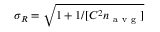
\sigma _ { R } = \sqrt { 1 + 1 / [ C ^ { 2 } n _ { \mathrm { ~ a ~ v ~ g ~ } } ] }